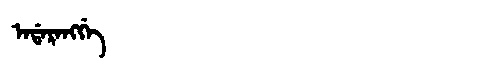
Manchu: ᠠᡩᠠᡵᠠᠩᡤᡝ
Romanization: ADARANGGE